Document type: Sale
Year: 1451
Scribe: [Unknown]
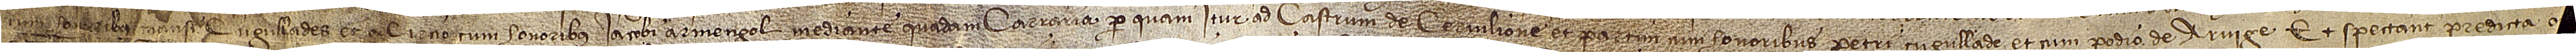
cum honoribus Mansi Cugullades, et a circio cum honoribus Iacobi Armengol mediante quadam carraria per quam itur ad castrum de Cervilione et partim cum honoribus Petri Cugullade, et cum podio de Arvige. Et spectant predicta o[mn]ia et